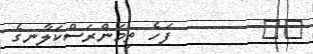
٥٧        ފަހެ ތިމަންރަސްކަލާނގެ